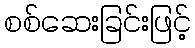
စစ်ဆေးခြင်းဖြင့်